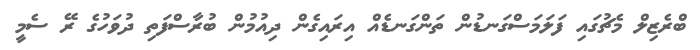
ބްރެޒިލް މެޗުގައި ފަލަމަސްގަނޑުން ތަންގަނޑެއް އިރައިގެން ދިއުމުން ބުރާސްފަތި ދުވަހުގެ ރޭ ސެމީ